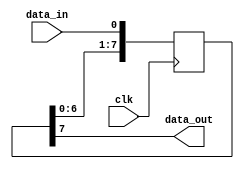
module SISO_Shift_Register(
    input wire data_in,
    input wire clk,
    output reg data_out
);

reg [7:0] shift_reg;

always @(posedge clk) begin
    // Shift data through the register
    shift_reg <= {shift_reg[6:0], data_in};
end

assign data_out = shift_reg[7];

endmodule